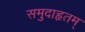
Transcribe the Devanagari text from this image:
समुदाहृतम्